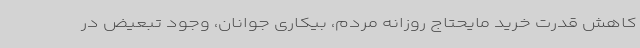
کاهش قدرت خرید مایحتاج روزانه مردم، بیکاری جوانان، وجود تبعیض در